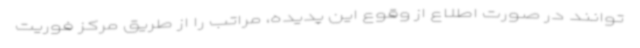
توانند در صورت اطلاع از وقوع این پدیده، مراتب را از طریق مرکز فوریت